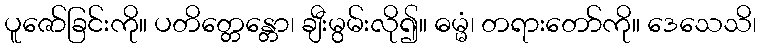
ပူဇော်ခြင်းကို။ ပတိတ္တေန္တော၊ ချီးမွမ်းလို၍။ ဓမ္မံ၊ တရားတော်ကို။ ဒေသေသိ၊